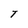
Character: T